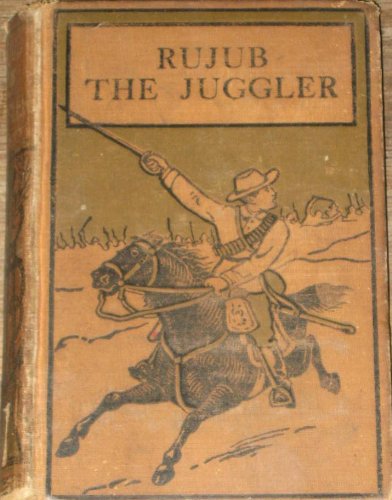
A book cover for Rujub the Juggler; G. A. Henty; Sports & Outdoors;